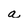
Character: a